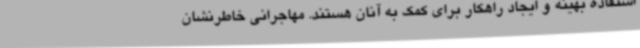
استفاده بهینه و ایجاد راهکار برای کمک به آنان هستند. مهاجرانی خاطرنشان